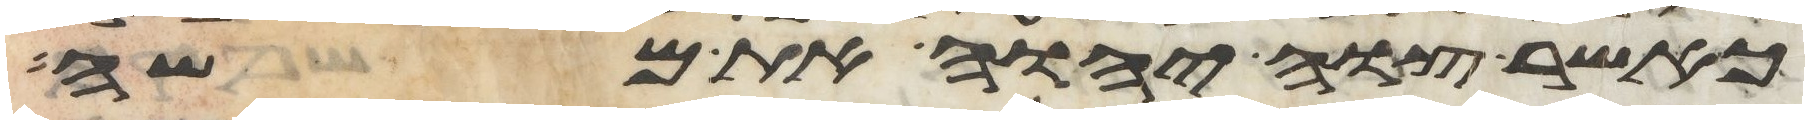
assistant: כאשר צוה יהוה את משה